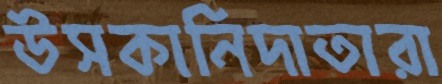
উসকানিদাতারা